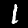
Label: 1